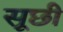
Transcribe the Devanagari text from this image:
सूछी